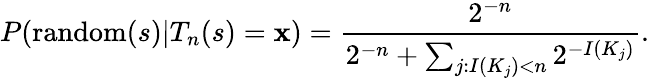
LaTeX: P(\operatorname{random}(s)|T_{n}(s)=\mathbf{x})={\frac{{2^{-n}}}{{2^{-n}+\sum_{j:I(K_{j})<n}2^{-I(K_{j})}}}}.